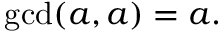
\operatorname* { g c d } ( a , a ) = a .